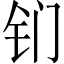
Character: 钔